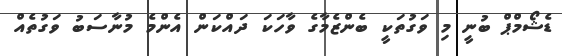
ޑެޝޯމްޕް ބުނީ މި ވަގުތަކީ ބެންޒެމާގެ ވާހަކަ ދައްކަން އެންމެ މުނާސަބު ވަގުތެއް